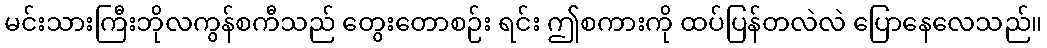
မင်းသားကြီးဘိုလကွန်စကီသည် တွေးတောစဉ်း ရင်း ဤစကားကို ထပ်ပြန်တလဲလဲ ပြောနေလေသည်။